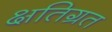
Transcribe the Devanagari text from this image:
क्षतिग्रत